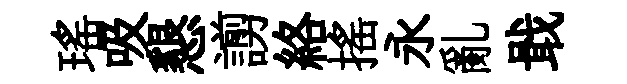
瑶吸懇謭絡揺永亂戢